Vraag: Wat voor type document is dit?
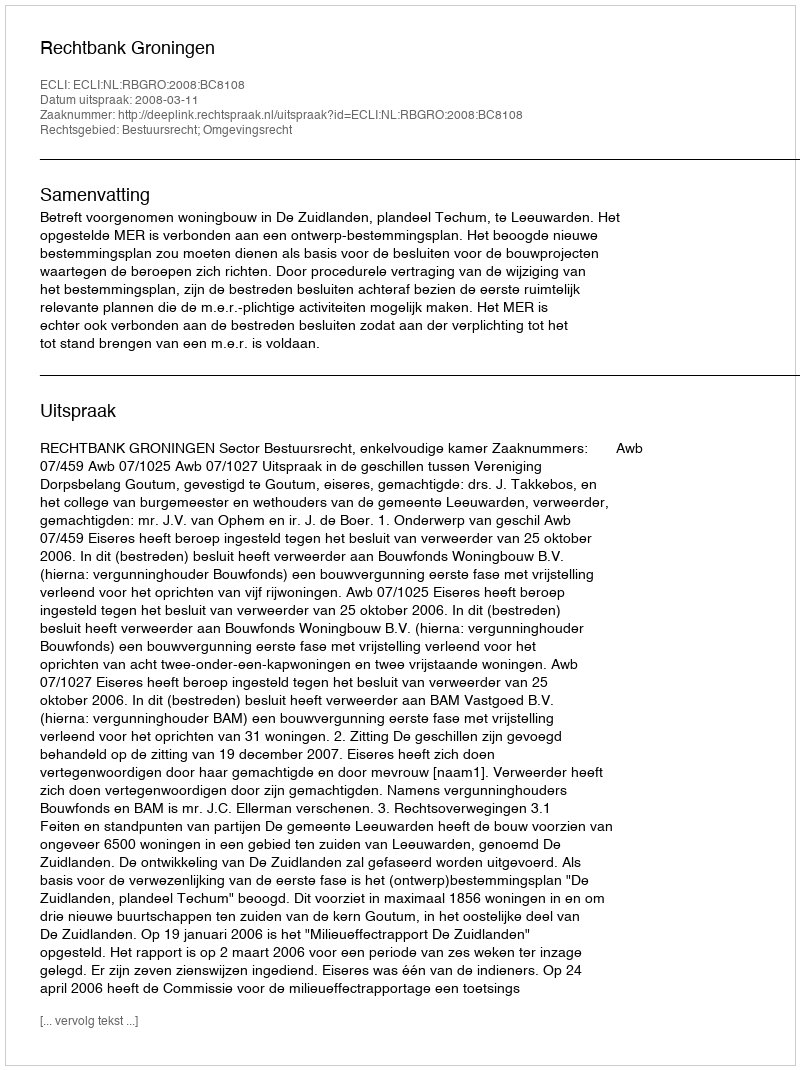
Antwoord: Uitspraak